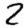
Digit: 2